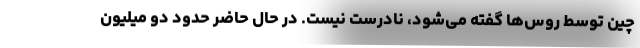
چین توسط روس‌ها گفته می‌شود، نادرست نیست. در حال حاضر حدود دو میلیون